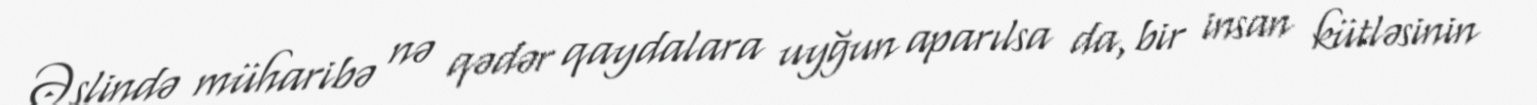
Əslində müharibə nə qədər qaydalara uyğun aparılsa da, bir insan kütləsinin